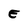
Character: E